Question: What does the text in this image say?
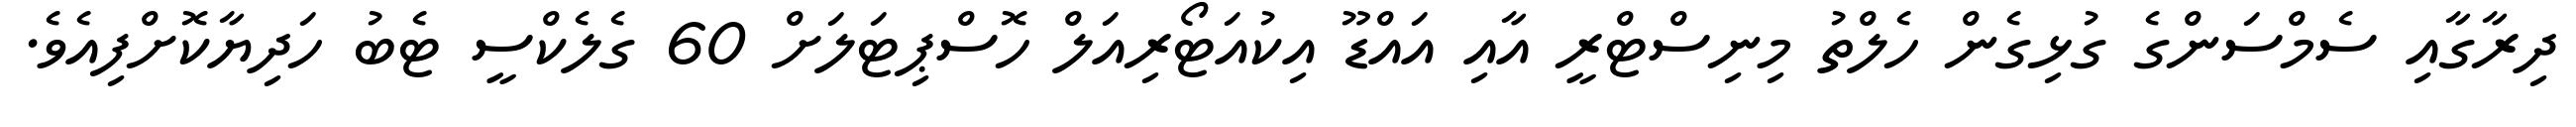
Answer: ދިރާގާއި ސެމްސަންގެ ގުޅިގެން ހެލްތު މިނިސްޓްރީ އާއި އައްޑޫ އިކުއަޓޯރިއަލް ހޮސްޕިޓަލަށް 60 ގެލެކްސީ ޓެބު ހަދިޔާކޮށްފިއެވެ.